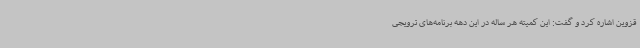
قزوین اشاره کرد و گفت: این کمیته هر ساله در این دهه برنامه‌های ترویجی